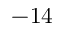
- 1 4